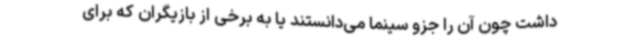
داشت چون آن را جزو سینما می‌دانستند یا به برخی از بازیگران که برای